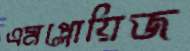
এমপ্লোয়িজ